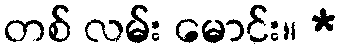
တစ် လမ်း မောင်း။ *